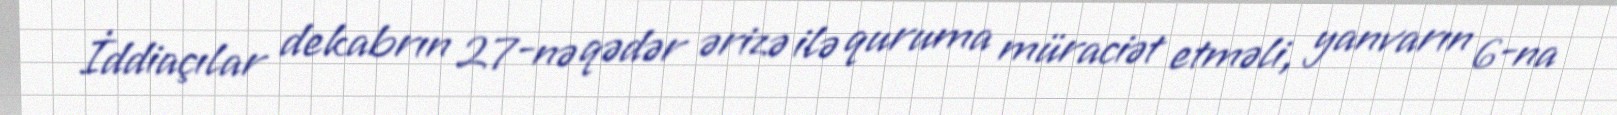
İddiaçılar dekabrın 27-nə qədər ərizə ilə quruma müraciət etməli, yanvarın 6-na